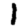
Digit: 1